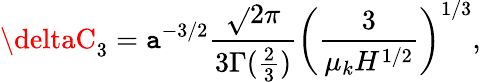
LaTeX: \deltaC_{3}=\mathtt{a}^{-3/2}\frac{{\sqrt{}{{2\pi}}}}{{3\Gamma(\frac{{2}}{{3}})}}\left(\frac{{3}}{{\mu_{k}H^{1/2}}}\right)^{1/3},